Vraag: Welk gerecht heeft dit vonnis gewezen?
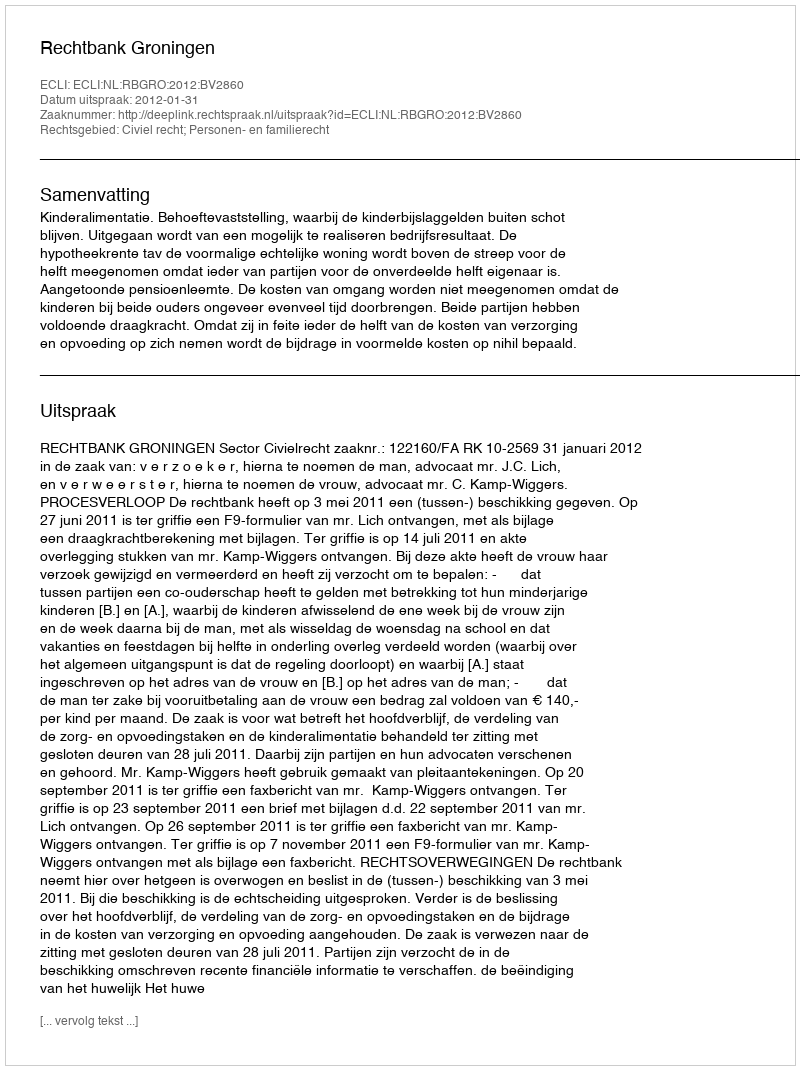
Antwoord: Rechtbank Groningen